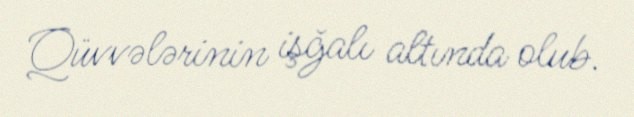
Qüvvələrinin işğalı altında olub.